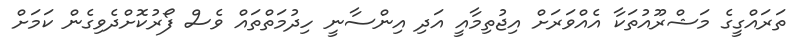
ތަރައްގީގެ މަޝްރޫއުތަކާ އެއްވަރަށް އިޖުތިމާއީ އަދި އިންސާނީ ހިދުމަތްތައް ވެސް ފޯރުކޮށްދެވިގެން ކަމަށް